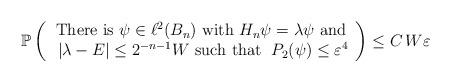
LaTeX: \begin{align*} \mathbb{P}\left(\begin{array}{c} \mbox{There is $ \psi \in \ell^2(B_n) $ with $ H_n \psi = \lambda \psi $ and} \\ \mbox{$\; | \lambda - E | \leq 2^{- n- 1} W $ such that $\; P_2( \psi) \leq \varepsilon^4 $} \end{array} \right) \leq C \, W \varepsilon \end{align*}